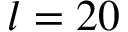
l = 2 0